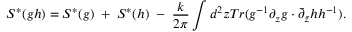
S ^ { * } ( g h ) = S ^ { * } ( g ) \; + \; S ^ { * } ( h ) \; - \; { \frac { k } { 2 \pi } } \int d ^ { 2 } z T r ( g ^ { - 1 } \partial _ { z } g \cdot \bar { \partial } _ { \bar { z } } h h ^ { - 1 } ) .